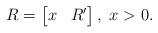
LaTeX: \begin{align*}R= \begin{bmatrix}x & R'\end{bmatrix},~x>0.\end{align*}